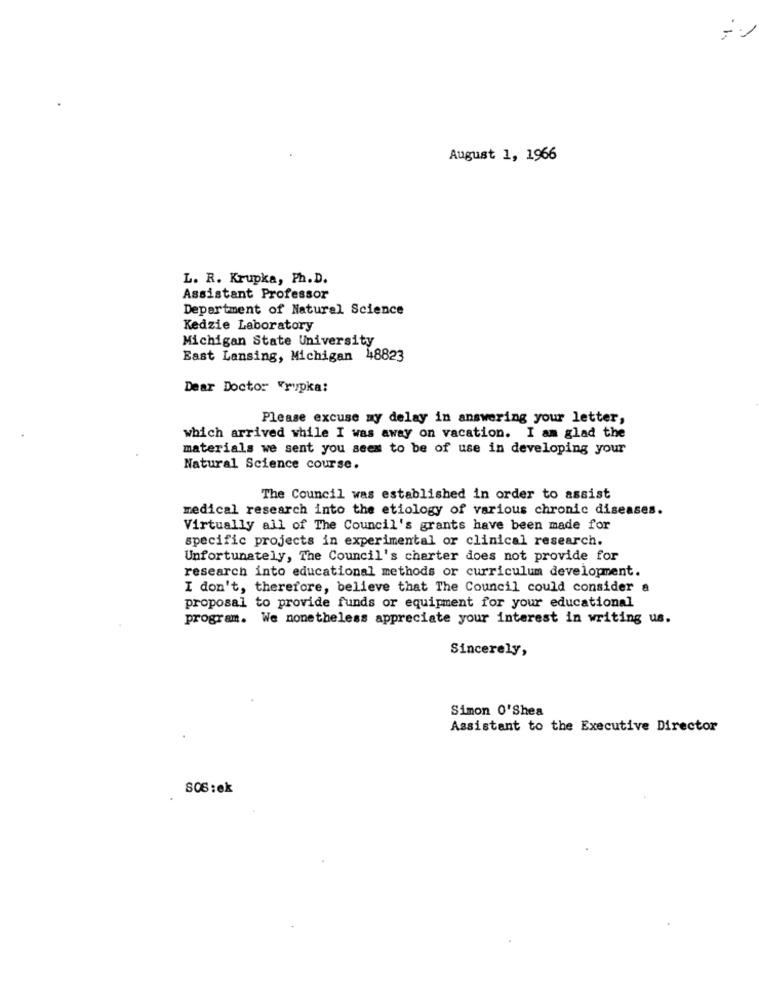
August 1, 1966
L. R. Krupka, Ph. D.
Assistant Professor
Department of Natural Science
Kedzie Laboratory
Michigan State University
East Lansing, Michigan 48823
Dear Doctor Frypka:
Please excuse my delay in answering your letter,
which arrived while I was away on vacation. I am glad the
materials we sent you seem to be of use in developing your
Natural Science course.
The Council was established in order to assist
medical research into the etiology of various chronic diseases.
Virtually all of The Council's grants have been made for
specific projects in experimental or clinical research.
Unfortunately, The Council's charter does not provide for
research into educational methods or curriculum development.
I don't, therefore, believe that The Council could consider a
proposal to provide funds or equipment for your educational
program. We nonetheless appreciate your interest in writing us.
Sincerely,
Simon 0'Shea
Assistant to the Executive Director
806:ek